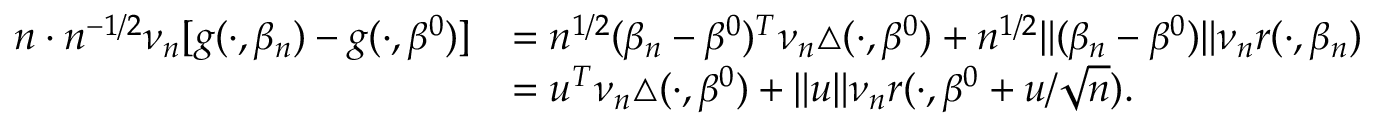
\begin{array} { r l } { n \cdot n ^ { - 1 / 2 } \nu _ { n } [ g ( \cdot , \beta _ { n } ) - g ( \cdot , \beta ^ { 0 } ) ] } & { = n ^ { 1 / 2 } ( \beta _ { n } - \beta ^ { 0 } ) ^ { T } \nu _ { n } \triangle ( \cdot , \beta ^ { 0 } ) + n ^ { 1 / 2 } \Vert ( \beta _ { n } - \beta ^ { 0 } ) \Vert \nu _ { n } r ( \cdot , \beta _ { n } ) } \\ & { = u ^ { T } \nu _ { n } \triangle ( \cdot , \beta ^ { 0 } ) + \Vert u \Vert \nu _ { n } r ( \cdot , \beta ^ { 0 } + u / \sqrt { n } ) . } \end{array}